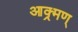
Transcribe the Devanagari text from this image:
आक्र्मण्